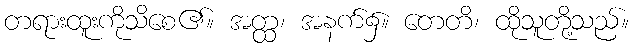
တရားထူးကိုသိစေ၏။ အတ္ထ၊ အနက်၌။ တေတိ၊ ထိုသူတို့သည်။